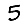
Digit: 5